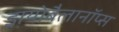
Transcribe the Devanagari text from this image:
ड्रायोबैलानॉप्स